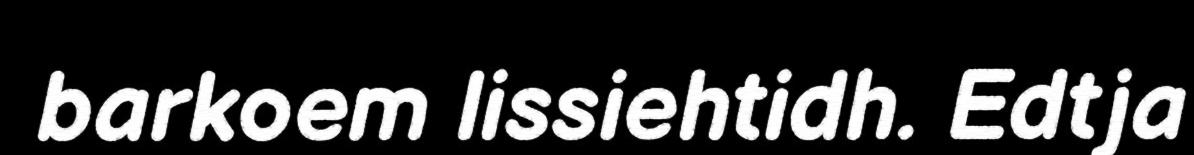
barkoem lissiehtidh. Edtja